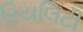
રિયલિટી